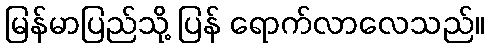
မြန်မာပြည်သို့ ပြန် ရောက်လာလေသည်။